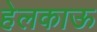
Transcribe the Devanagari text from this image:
हेलकाऊ